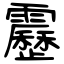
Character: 靂